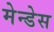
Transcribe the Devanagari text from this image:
मेन्डेस